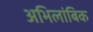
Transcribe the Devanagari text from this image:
अभिलांबिक